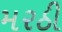
મરઠી